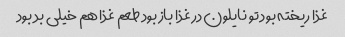
غذا ریخته بود تو نایلون در غذا باز بود طعم غذا هم خیلی بد بود